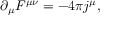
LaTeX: \partial _ { \mu } F ^ { \mu \nu } = - 4 \pi j ^ { \mu } ,